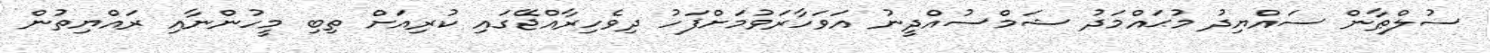
ސުލްޠާން ސައްޔިދު މުޙައްމަދު ޝަމްސުއްދީނު އަވަހާރަވުމަށްފަހު ދިވެހިރާއްޖޭގައި ކުރިއަށް ތިބި މީހުންނާއި ރައްޔިތުން